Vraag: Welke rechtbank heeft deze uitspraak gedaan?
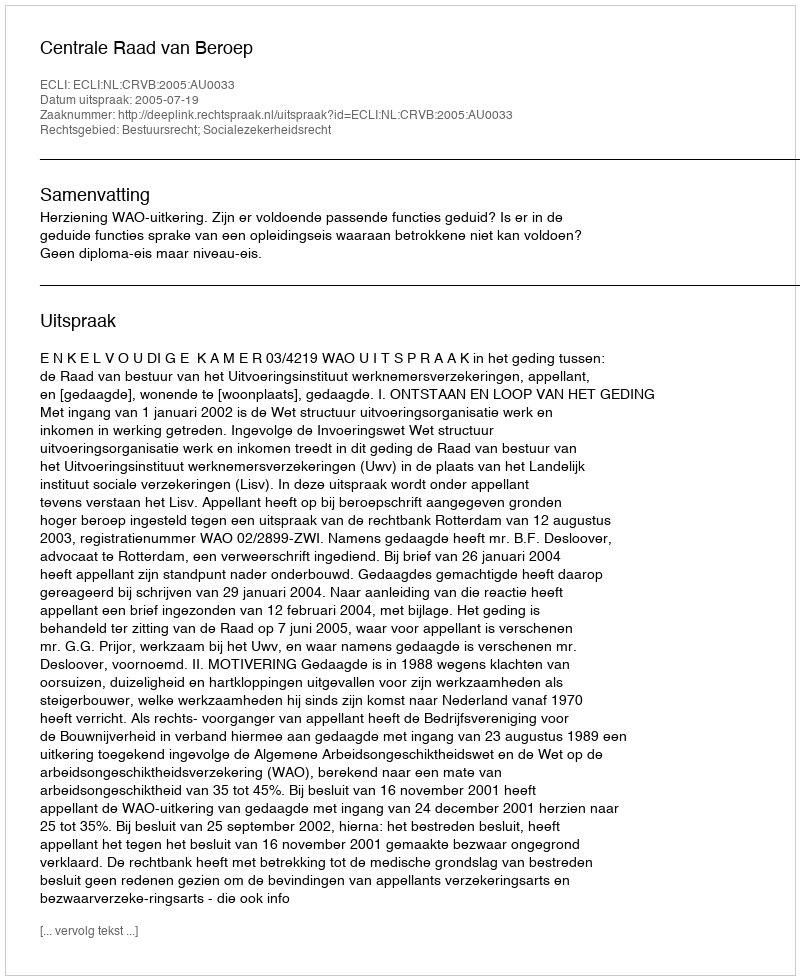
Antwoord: Centrale Raad van Beroep